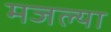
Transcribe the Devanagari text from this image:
मजल्या